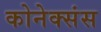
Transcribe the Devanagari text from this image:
कोनेक्संस